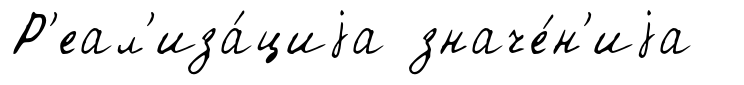
Р'еал'иза́циjа значе́н'иjа